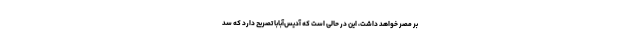
بر مصر خواهد داشت، این در حالی است که آدیس‌آبابا تصریح دارد که سد